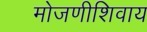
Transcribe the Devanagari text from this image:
मोजणीशिवाय